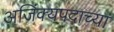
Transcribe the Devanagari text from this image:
अजिंक्यपदाच्या